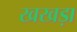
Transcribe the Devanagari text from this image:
खखड़ा